Plague in India, 1896, 1897 - Volume 1
Year: 1896
Disease focus: Plague
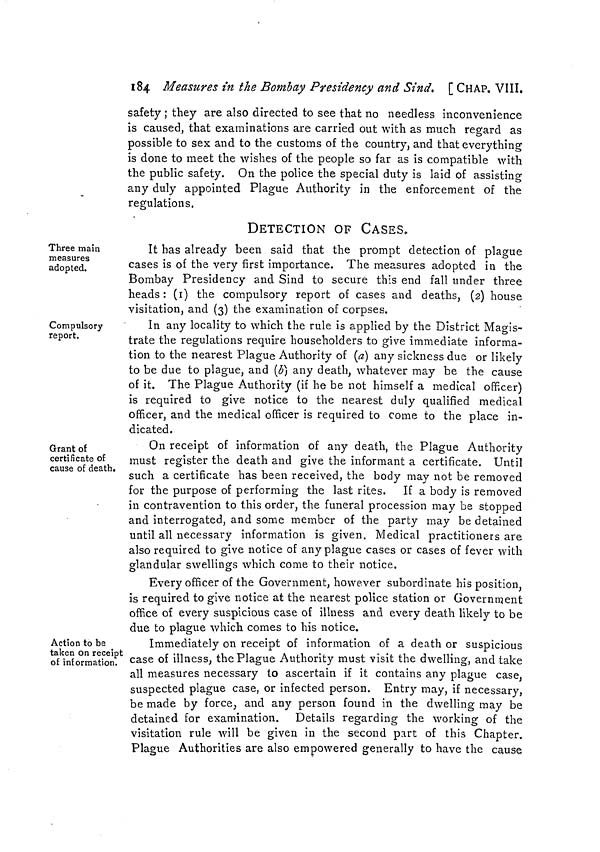
184 Measures in the Bombay Presidency and Sind* [ CHAP. VIII.
safety ; they are also directed to see that no needless inconvenience
is caused, that examinations are carried out with as much regard as
possible to sex and to the customs of the country, and that everything
is done to meet the wishes of the people so far as is compatible with
the public safety. On the police the special duty is laid of assisting
any duly appointed Plague Authority in the enforcement of the
regulations.
Three main
measures
adopted.
DETECTION OF CASES,
It has already been said that the prompt detection of plague
cases is of the very first importance. The measures adopted in the
Bombay Presidency and Sind to secure this end fall under three
heads : (1) the compulsory report of cases and deaths, (2) house
visitation, and (3) the examination of corpses.
Compulsory
report.
In any locality to which the rule is applied by the District Magis-
trate the regulations require householders to give immediate informa-
tion to the nearest Plague Authority of (a) any sickness due or likely
to be due to plague, and (b) any death, whatever may be the cause
of it. The Plague Authority (if he be not himself a medical officer)
is required to give notice to the nearest duly qualified medical
officer, and the medical officer is required to come to the place in-
dicated.
Grant of
certificate of
cause of death.
On receipt of information of any death, the Plague Authority
must register the death and give the informant a certificate. Until
such a certificate has been received, the body may not be removed
for the purpose of performing the last rites. If a body is removed
in contravention to this order, the funeral procession may be stopped
and interrogated, and some member of the party may be detained
until all necessary information is given. Medical practitioners are
also required to give notice of any plague cases or cases of fever with
glandular swellings which come to their notice.
Every officer of the Government, however subordinate his position,
is required to give notice at the nearest police station or Government
office of every suspicious case of illness and every death likely to be
due to plague which comes to his notice.
Action to be
taken on receipt
of information.
Immediately on receipt of information of a death or suspicious
case of illness, the Plague Authority must visit the dwelling, and take
all measures necessary to ascertain if it contains any plague case,
suspected plague case, or infected person. Entry may, if necessary,
be made by force^ and any person found in the dwelling may be
detained for examination. Details regarding the working of the
visitation rule will be given in the second part of this Chapter.
Plague Authorities are also empowered generally to have the cause